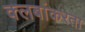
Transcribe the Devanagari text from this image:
क्लबांकरता